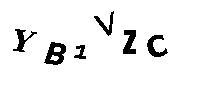
YB1VZC